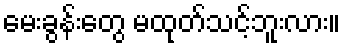
မေးခွန်းတွေ မထုတ်သင့်ဘူးလား။